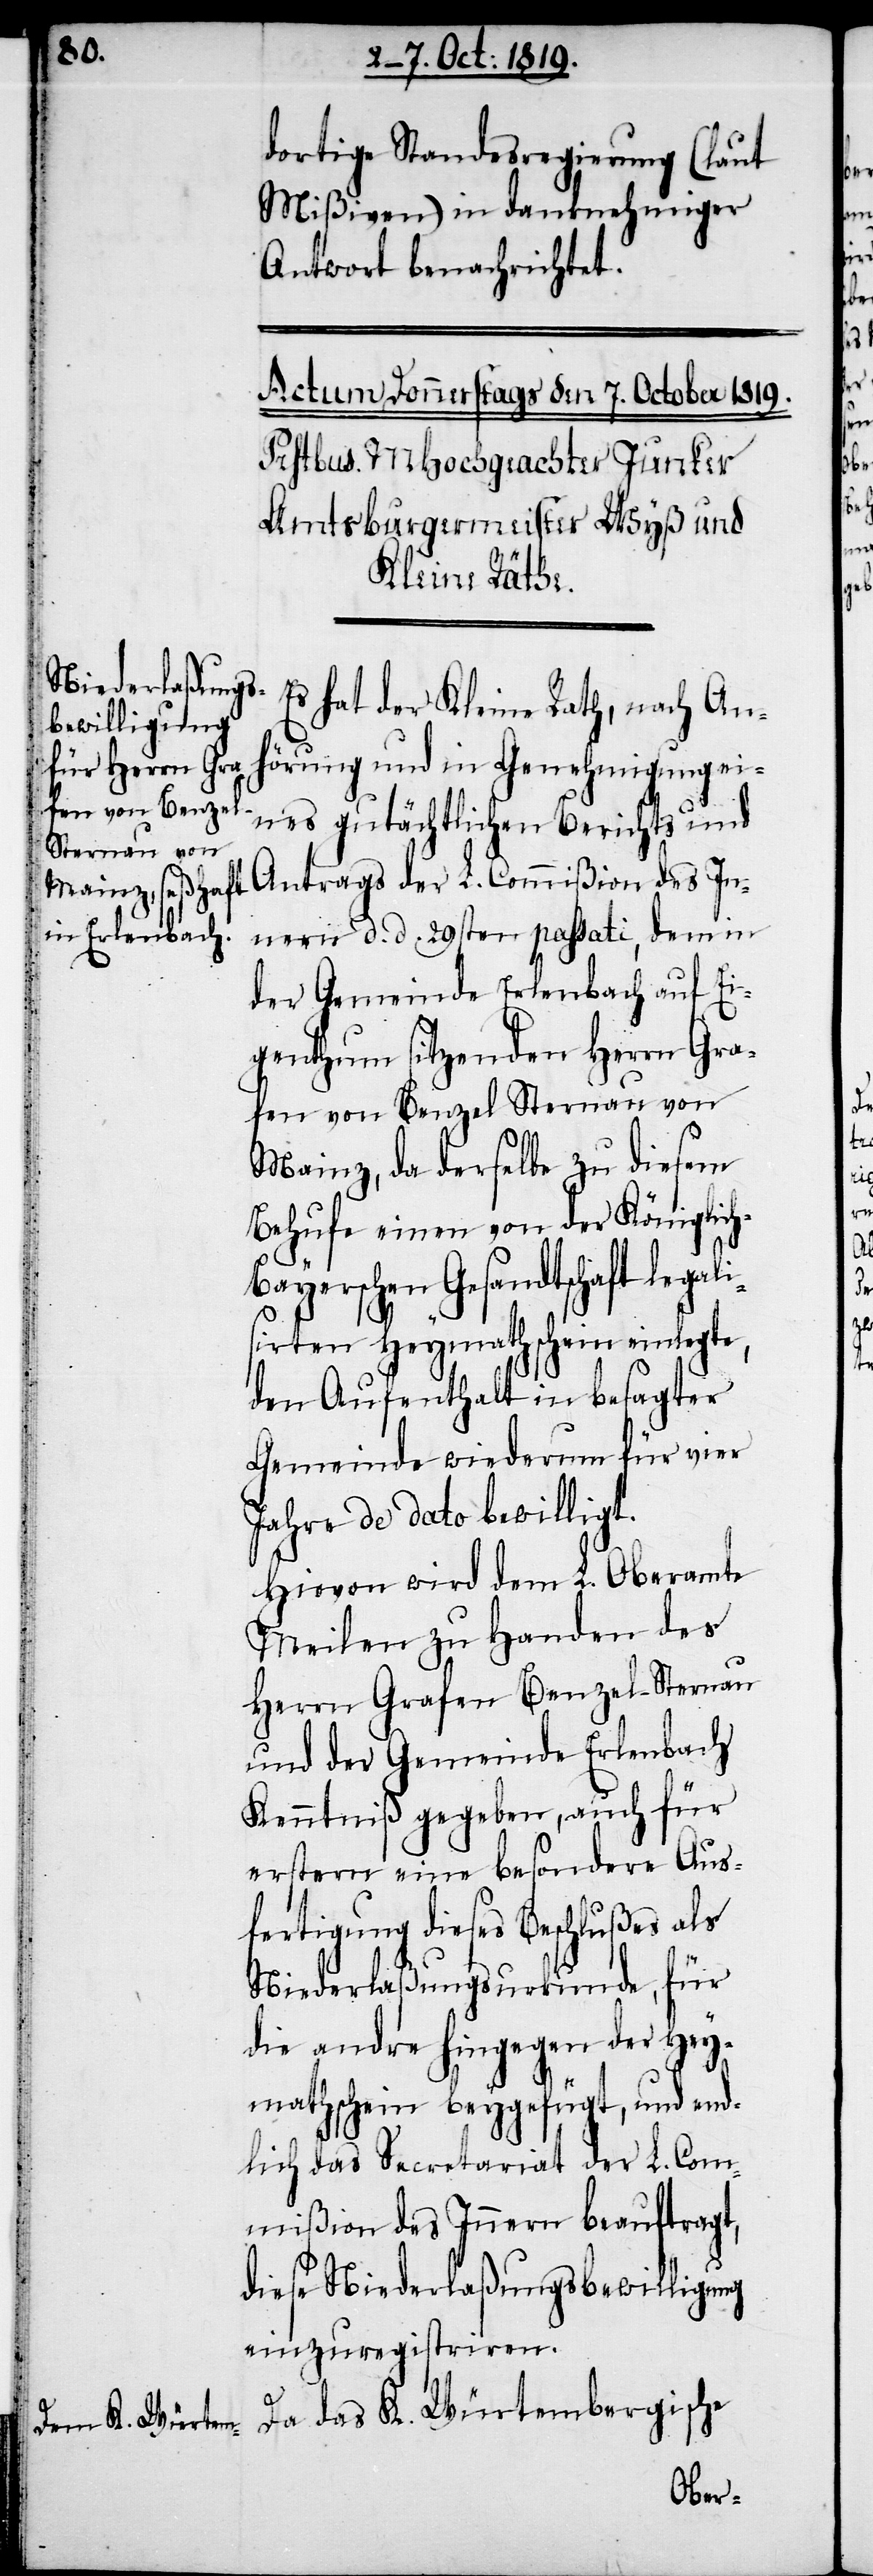
dortige Standesregierung (laut
Mißiven) in danknehmiger
Antwort benachrichtet.
Es hat der Kleine Rath, nach An¬
hörung und in Genehmigung ei¬
nes gutächtlichen Berichts und
Antrags der L. Commißion des In¬
nern d. d. 29sten passati, dem in
der Gemeinde Erlenbach auf Ei¬
genthum sitzenden Herrn Gra¬
fen von Benzel Sternau von
Mainz, da derselbe zu diesem
Behufe einen von der Königlic¬
h-Bayerschen Gesandtschaft legal¬
isirten Heymathschein einlegte,
den Aufenthalt in besagter
Gemeinde wiederum für vier
Jahre de dato bewilligt.
Hievon wird dem L. Oberamte
Meilen zu Handen des
Herrn Grafen Benzel-Sternau
und der Gemeinde Erlenbach
Kenntniß gegeben, auch für
erstern eine besondere Aus¬
fertigung dieses Beschlußes als
Niederlaßungsurkunde, für
die andre hingegen der Hey¬
mathschein beygefügt, und end¬
lich das Secretariat der L. Com¬
mißion des Innern beauftragt,
diese Niederlaßungsbewiligung
einzuregistriren.
Da das K. Würtembergische